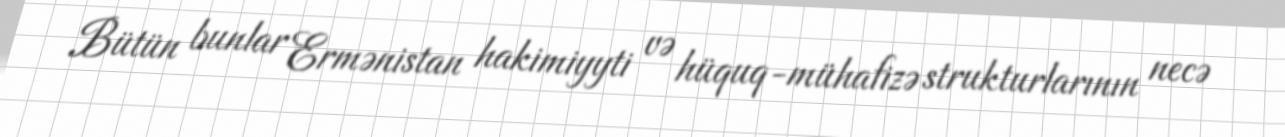
Bütün bunlar Ermənistan hakimiyyti və hüquq-mühafizə strukturlarının necə